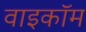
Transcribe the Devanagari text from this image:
वाइकॉम